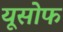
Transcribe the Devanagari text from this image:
यूसोफ